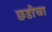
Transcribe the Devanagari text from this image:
छडीचा